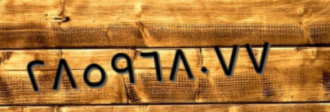
٢٨٥٩٦٨٠٧٧